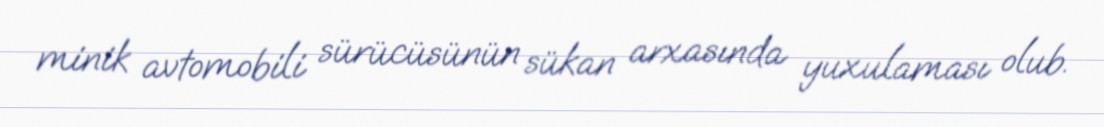
minik avtomobili sürücüsünün sükan arxasında yuxulaması olub.